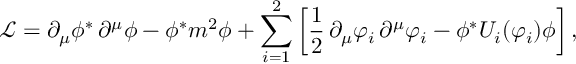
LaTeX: \mathcal { L } = \partial _ { \mu } \phi ^ { * } \, \partial ^ { \mu } \phi - \phi ^ { * } m ^ { 2 } \phi + \sum _ { i = 1 } ^ { 2 } \left[ \frac { 1 } { 2 } \, \partial _ { \mu } \varphi _ { i } \, \partial ^ { \mu } \varphi _ { i } - \phi ^ { * } U _ { i } ( \varphi _ { i } ) \phi \right] ,